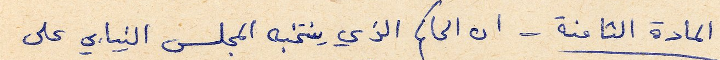
المادة الثامنة - ان الحاكم الذي ينتخبه المجلس النيابي على